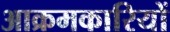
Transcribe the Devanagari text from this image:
आक्रमकारियों